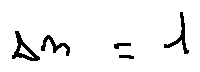
s n = 1